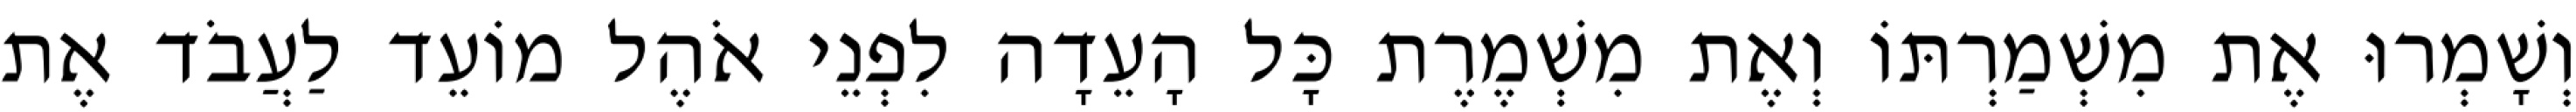
וְשָׁמְרוּ אֶת מִשְׁמַרְתּוֹ וְאֶת מִשְׁמֶרֶת כָּל הָעֵדָה לִפְנֵי אֹהֶל מוֹעֵד לַעֲבֹד אֶת